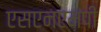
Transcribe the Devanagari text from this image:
एसएनएमपी